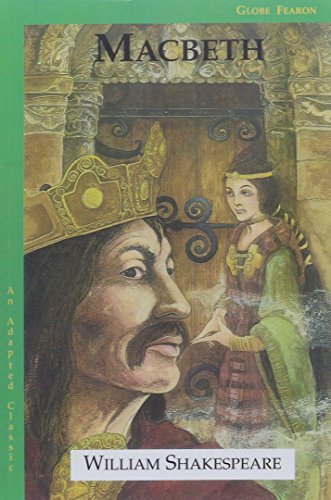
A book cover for ADAPTED CLASSICS MACBETH SE 96C. (Globe Adapted Classics); GLOBE; Literature & Fiction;